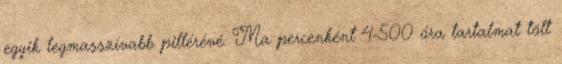
egyik legmasszívabb pillérévé. Ma percenként 4-500 óra tartalmat tölt